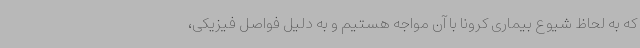
که به لحاظ شیوع بیماری کرونا با آن مواجه هستیم و به دلیل فواصل فیزیکی،